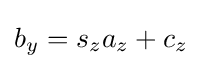
b_{y}=s_{z}a_{z}+c_{z}